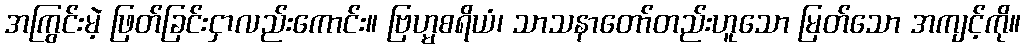
အကြွင်းမဲ့ ဖြတ်ခြင်းငှာလည်းကောင်း။ ဗြဟ္မစရိယံ၊ သာသနာတော်တည်းဟူသော မြတ်သော အကျင့်ကို။